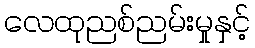
လေထုညစ်ညမ်းမှုနှင့်